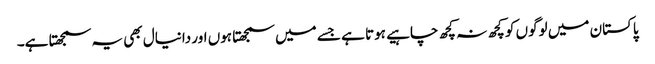
پاکستان میں لوگوں کو کچھ نہ کچھ چاہیے ہوتا ہے جسے میں سمجھتا ہوں اور دانیال بھی یہ سمجھتا ہے۔